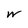
Character: W